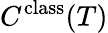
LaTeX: C^{\mathrm{class}}(T)